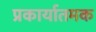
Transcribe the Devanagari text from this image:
प्रकार्यातमक